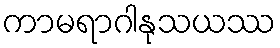
ကာမရာဂါနုသယဿ